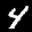
Digit: 4